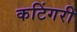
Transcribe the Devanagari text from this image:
कटिंगरी